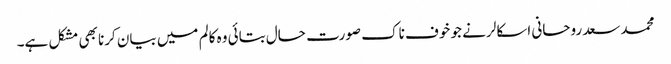
محمد سعد روحانی اسکالر نے جو خوف ناک صورت حال بتائی وہ کالم میں بیان کرنا بھی مشکل ہے۔